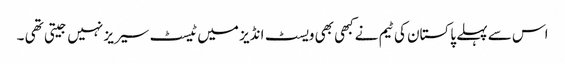
اس سے پہلے پاکستان کی ٹیم نےکبھی بھی ویسٹ انڈیز میں ٹیسٹ سیریز نہیں جیتی تھی ۔